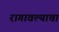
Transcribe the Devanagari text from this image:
रागावल्याचा